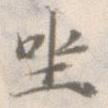
坐